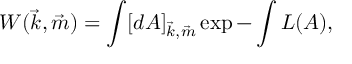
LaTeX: W ( \vec { k } , \vec { m } ) = \int [ d A ] _ { \vec { k } , \vec { m } } \exp - \int { \cal L } ( A ) ,